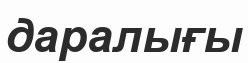
даралығы